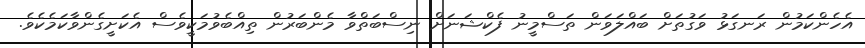
އެހެންކަމުން ރަނގަޅު ވަގުތަށް ބައްލަވަން ތަސްމީނު ފެކްޝަނަށް ނިސްބަތްވާ މެންބަރުން ތިއްބެވުމަކީވެސް އެކަށީގެންވާކަމެކެވެ.